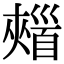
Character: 𩠣